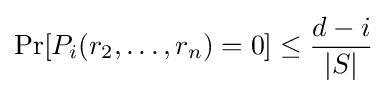
\Pr[P_{i}(r_{2},\ldots ,r_{n})=0]\leq {\frac {d-i}{|S|}}